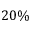
2 0 \%